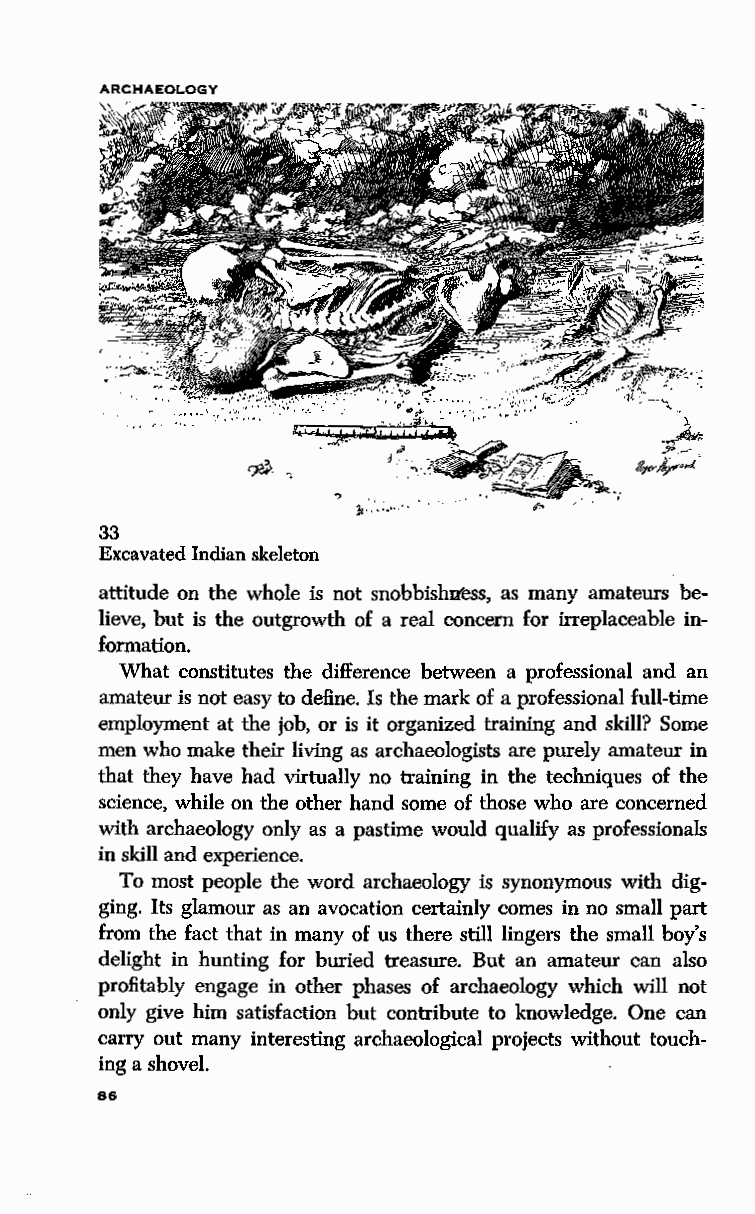
ARCHAEOLOGY
 33
 Excavated Indian skeleton
 attitude on the whole is not snobbishJress, as many amateurs be
 lieve, but is the outgrowth of a real concern for irreplaceable in
 formation.
 What constitutes the difference between a professional and an
 amateur is not easy to define. Is the mark of a professional full-time
 employment at the job, or is it organized training and skill? Some
 men who make their living as archaeologists are purely amateur in
 that they have had virtually no training in the techniques of the
 science, while on the other hand some of those who are concerned
 with archaeology only as a pastime would qualify as professionals
 in skill and experience.
 To most people the--word archaeology is synonymous with dig
 ging. Its glamour as an avocation certainly comes in no small part
 from the fact that in many of us there still lingers the small boy's
 delight in hunting for buried treasure. But an amateur can also
 profitably engage in other phases of archaeology which will not
 only give him satisfaction but contribute to knowledge. One can
 carry out many interesting archaeological projects without touch
 ing a shovel.
 86